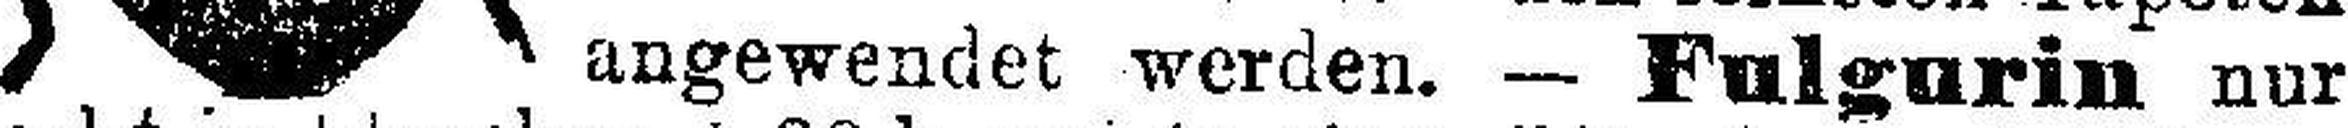
angewendet werden. — Fulgurin nur